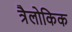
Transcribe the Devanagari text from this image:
त्रैलोकिक